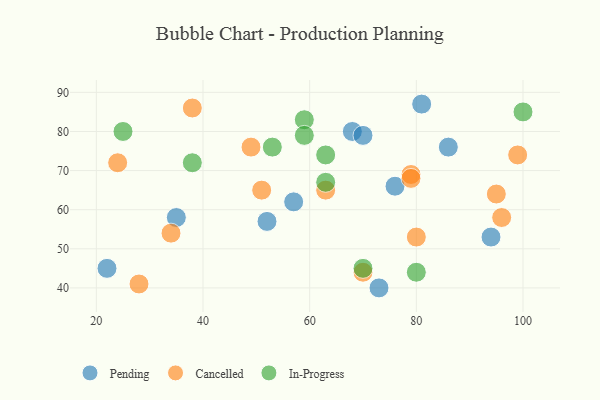
{"axis": {"x": "GDP", "y": "Life Expectancy"}, "legend": ["Cancelled", "In-Progress", "Pending"], "data": [{"x": "68", "y": 80, "type": "Pending"}, {"x": "35", "y": 58, "type": "Pending"}, {"x": "70", "y": 79, "type": "Pending"}, {"x": "76", "y": 66, "type": "Pending"}, {"x": "73", "y": 40, "type": "Pending"}, {"x": "94", "y": 53, "type": "Pending"}, {"x": "22", "y": 45, "type": "Pending"}, {"x": "86", "y": 76, "type": "Pending"}, {"x": "81", "y": 87, "type": "Pending"}, {"x": "52", "y": 57, "type": "Pending"}, {"x": "57", "y": 62, "type": "Pending"}, {"x": "79", "y": 69, "type": "Cancelled"}, {"x": "63", "y": 65, "type": "Cancelled"}, {"x": "49", "y": 76, "type": "Cancelled"}, {"x": "70", "y": 44, "type": "Cancelled"}, {"x": "96", "y": 58, "type": "Cancelled"}, {"x": "99", "y": 74, "type": "Cancelled"}, {"x": "51", "y": 65, "type": "Cancelled"}, {"x": "79", "y": 68, "type": "Cancelled"}, {"x": "28", "y": 41, "type": "Cancelled"}, {"x": "38", "y": 86, "type": "Cancelled"}, {"x": "24", "y": 72, "type": "Cancelled"}, {"x": "80", "y": 53, "type": "Cancelled"}, {"x": "34", "y": 54, "type": "Cancelled"}, {"x": "95", "y": 64, "type": "Cancelled"}, {"x": "59", "y": 83, "type": "In-Progress"}, {"x": "25", "y": 80, "type": "In-Progress"}, {"x": "53", "y": 76, "type": "In-Progress"}, {"x": "59", "y": 79, "type": "In-Progress"}, {"x": "100", "y": 85, "type": "In-Progress"}, {"x": "63", "y": 74, "type": "In-Progress"}, {"x": "38", "y": 72, "type": "In-Progress"}, {"x": "63", "y": 67, "type": "In-Progress"}, {"x": "70", "y": 45, "type": "In-Progress"}, {"x": "80", "y": 44, "type": "In-Progress"}]}